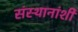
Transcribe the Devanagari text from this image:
संस्थानांशी